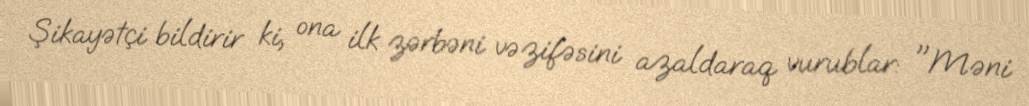
Şikayətçi bildirir ki, ona ilk zərbəni vəzifəsini azaldaraq vurublar: "Məni